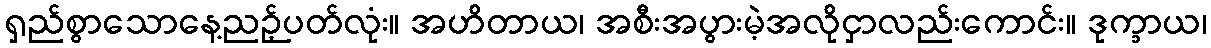
ရှည်စွာသောနေ့ညဉ့်ပတ်လုံး။ အဟိတာယ၊ အစီးအပွားမဲ့အလိုငှာလည်းကောင်း။ ဒုက္ခာယ၊